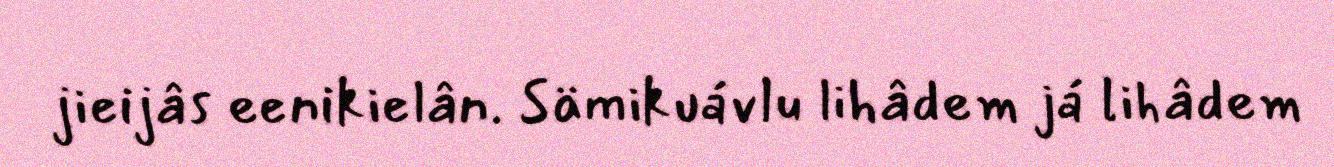
jieijâs eenikielân. Sämikuávlu lihâdem já lihâdem